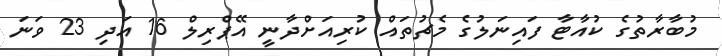
މުބާރާތުގެ ކުއާޓާ ފައިނަލުގެ މެޗުތައް ކުރިއަށްދާނީ އޭޕްރިލް 16 އަދި 23 ވަނަ